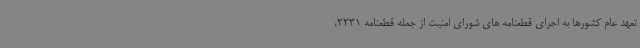
تعهد عام کشورها به اجرای قطعنامه های شورای امنیت از جمله قطعنامه 2231،